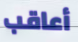
أعاقب